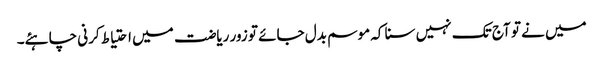
میں نے تو آج تک نہیں سنا کہ موسم بدل جائے تو زور ریاضت میں احتیاط کرنی چاہئے۔